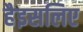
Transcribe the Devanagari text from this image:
हैइसलिए